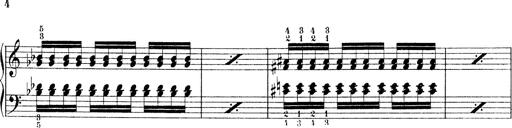
Title: Technische Studien
Composer: Franz Liszt